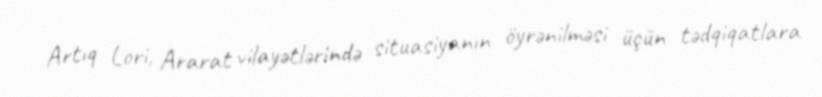
Artıq Lori, Ararat vilayətlərində situasiyanın öyrənilməsi üçün tədqiqatlara